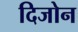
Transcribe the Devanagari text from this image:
दिजोन